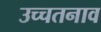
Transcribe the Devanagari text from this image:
उच्चतनाव